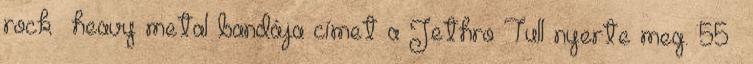
rock heavy metal bandája címet a Jethro Tull nyerte meg. 55